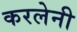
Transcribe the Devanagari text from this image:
करलेनी